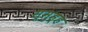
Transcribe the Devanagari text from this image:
स्मुह्ह